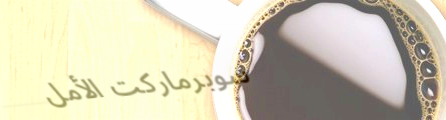
سوبرماركت الأمل